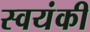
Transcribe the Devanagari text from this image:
स्वयंकी